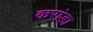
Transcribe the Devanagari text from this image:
करांडा